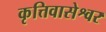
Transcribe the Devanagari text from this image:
कृत्तिवासेश्वर